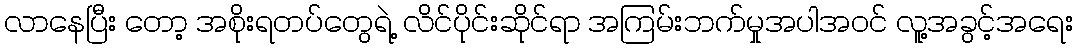
လာနေပြီး တော့ အစိုးရတပ်တွေရဲ့ လိင်ပိုင်းဆိုင်ရာ အကြမ်းဘက်မှုအပါအဝင် လူ့အခွင့်အရေး